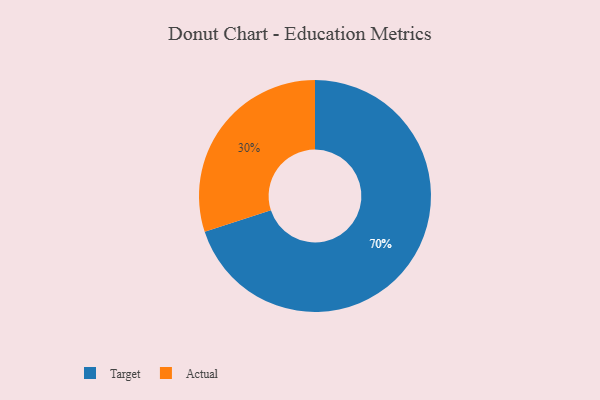
{"axis": {"x": "Category", "y": "Percentage"}, "legend": ["Actual", "Target"], "data": [{"x": "Target", "y": 70, "type": "Target"}, {"x": "Actual", "y": 30, "type": "Actual"}]}